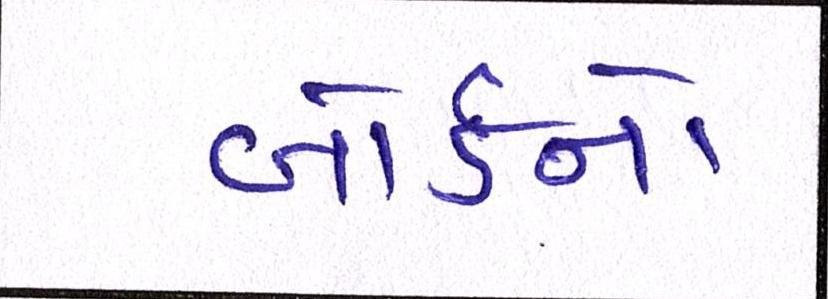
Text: બોર્ડનો